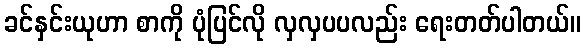
ခင်နှင်းယုဟာ စာကို ပုံပြင်လို လှလှပပလည်း ရေးတတ်ပါတယ်။